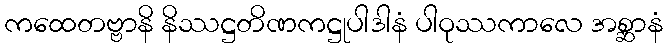
ကထေတဗ္ဗာနိ နိဿဋ္ဌတိဏကဋ္ဌုပါဒါနံ ပါဝုဿကာလေ အစ္ဆာနံ